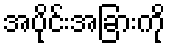
အပိုင်းအခြားကို